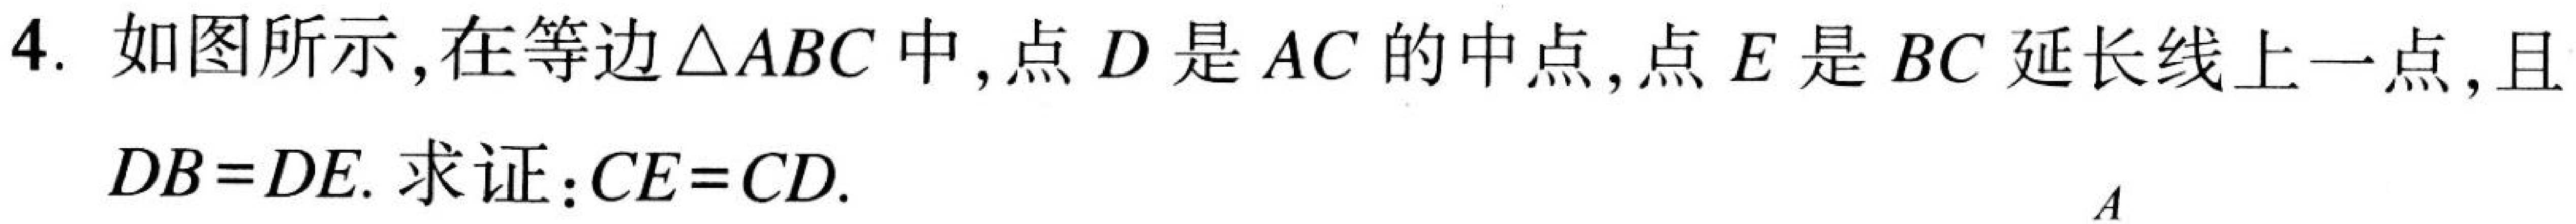
4. 如图所示,在等边$\triangle ABC$中,点$D$是$AC$的中点,点$E$是$BC$延长线上一点,且$DB = DE$. 求证:$CE = CD$.